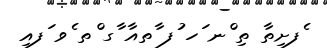
ެފށިތާ ތި ްނ ަހ ުފ ާތއާ ާގ ްތ ެވ ަފއި